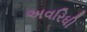
અવરિધી